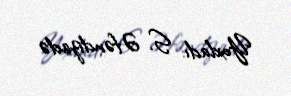
Yoxladı: S. Əfəndizadə